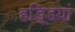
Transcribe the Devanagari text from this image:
हडि्डयां